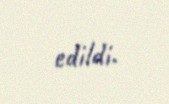
edildi.